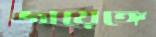
জায়েঙ্গে